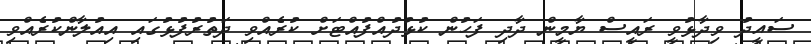
ސައީދު ވިދާޅުވީ ރައީސް ޔާމީން ދާދި ފަހުން ކުޅުދުއްފުއްޓަށް ކުރެއްވި ދަތުރުފުޅުގައި އިއުލާންކުރެއްވި